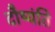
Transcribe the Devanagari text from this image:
दौष्यंति